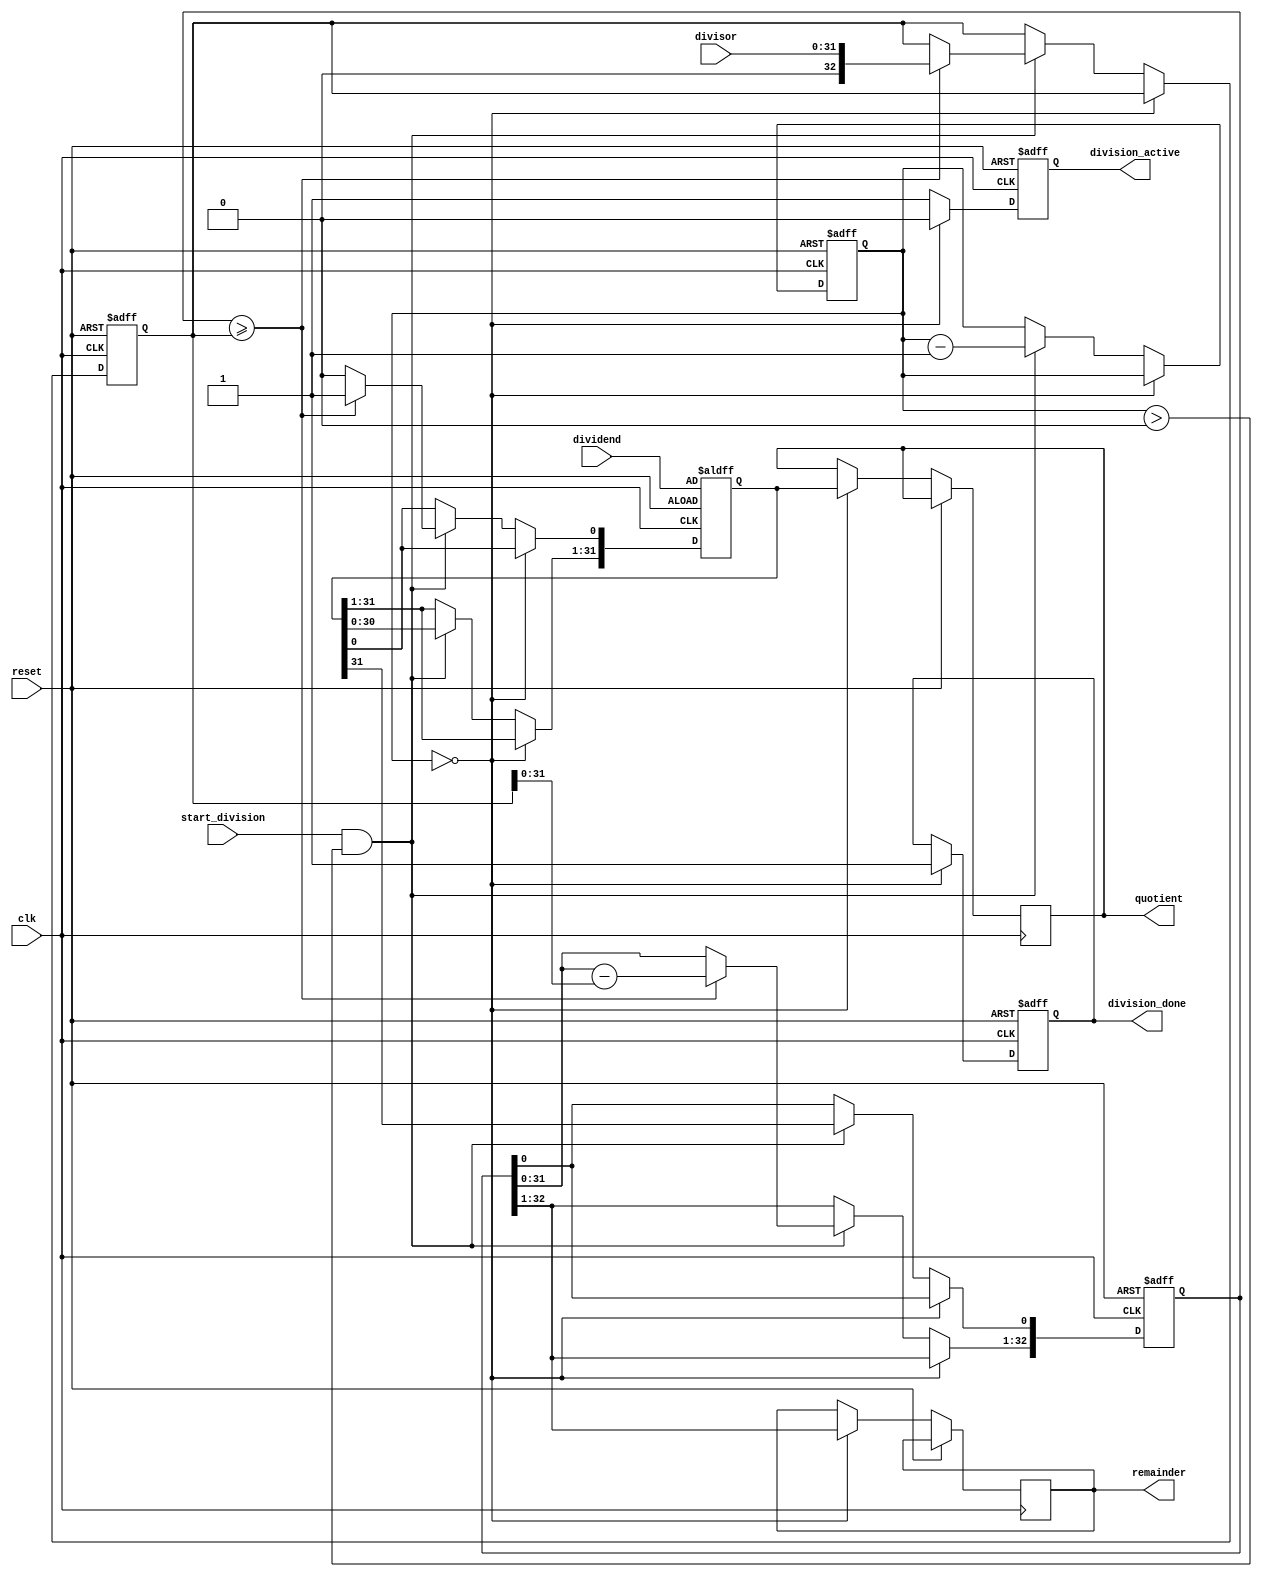
module Divider32bit (
   input      clk,
   input      reset,
   input      start_division,  // Start signal for division
   input [31:0] dividend,       // Dividend input
   input [31:0] divisor,        // Divisor input
   output reg [31:0] quotient,   // Quotient output
   output reg [31:0] remainder,  // Remainder output
   output reg division_active,   // Declaration of division_active
  	output reg division_done
);

  reg [5:0] division_cycle = 6'b100001;
   // Internal registers
   reg [32:0] store_divisor;      // Assigned as the original divisor
   reg [32:0] shifting_divisor;     // One bit more than divisor
   reg [31:0] shifting_dividend;     // Assigned as the original dividend

   // State machine
   always @(posedge clk or posedge reset) begin
      if (reset) begin
         store_divisor <= 33'b0;
         shifting_divisor <= 33'b0;
         shifting_dividend <= dividend;
         division_active <= 0;  // Initialize division_active
      	 division_cycle <= 6'b100001; // Initialize division_cycle
       	division_done<=0;
      end
		else if (division_cycle == 6'b000000) begin
         division_active <= 0;
         quotient <= shifting_dividend;
         remainder <= shifting_divisor[32:1];
          division_done<=1;
         //remainder <= shifting_divisor[31:0];
         //quotient <= shifting_divisor[31:0];
      end
      else if (start_division && (division_cycle > 0)) begin
         // Move these assignments to the beginning of the block
         shifting_divisor <= {shifting_divisor[31:0], shifting_dividend[31]};
         shifting_dividend <= {shifting_dividend[30:0], 1'b0};
         
        if (shifting_divisor >= store_divisor) begin
            store_divisor <= {1'b0, divisor};  // Assign divisor to store_divisor
            shifting_divisor <= 33'b0;
            //shifting_dividend <= dividend;
            shifting_divisor[32:1] <= shifting_divisor[31:0] - store_divisor[31:0];
            shifting_divisor[0] <= shifting_dividend[31]; 
            shifting_dividend[0] <= 1;
         end
        division_cycle <= division_cycle - 1;
       	
         division_active <= 1;
      end else begin
         division_active <= 1;
      end

      /* if (division_cycle == 1) begin
         division_active <= 1;
         //remainder <= shifting_dividend;
         remainder <= shifting_divisor[32:1];
      end */
     
   end
endmodule